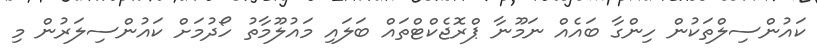
ކައުންސިލްތަކުން ހިންގާ ބައެއް ނަމޫނާ ޕްރޮޖެކްޓްތައް ބަލައި މައުލޫމާތު ހޯދުމަށް ކައުންސިލަރުން މި